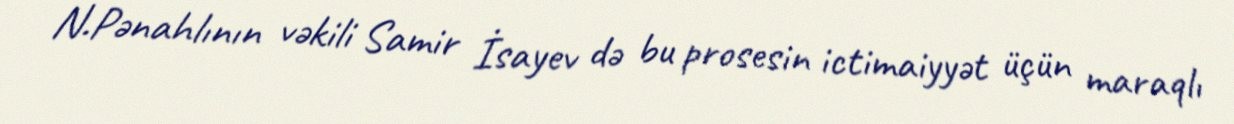
N.Pənahlının vəkili Samir İsayev də bu prosesin ictimaiyyət üçün maraqlı